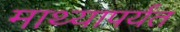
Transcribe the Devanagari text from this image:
माथ्यापर्यंत